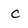
Character: c